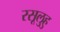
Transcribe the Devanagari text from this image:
रसूलुहु